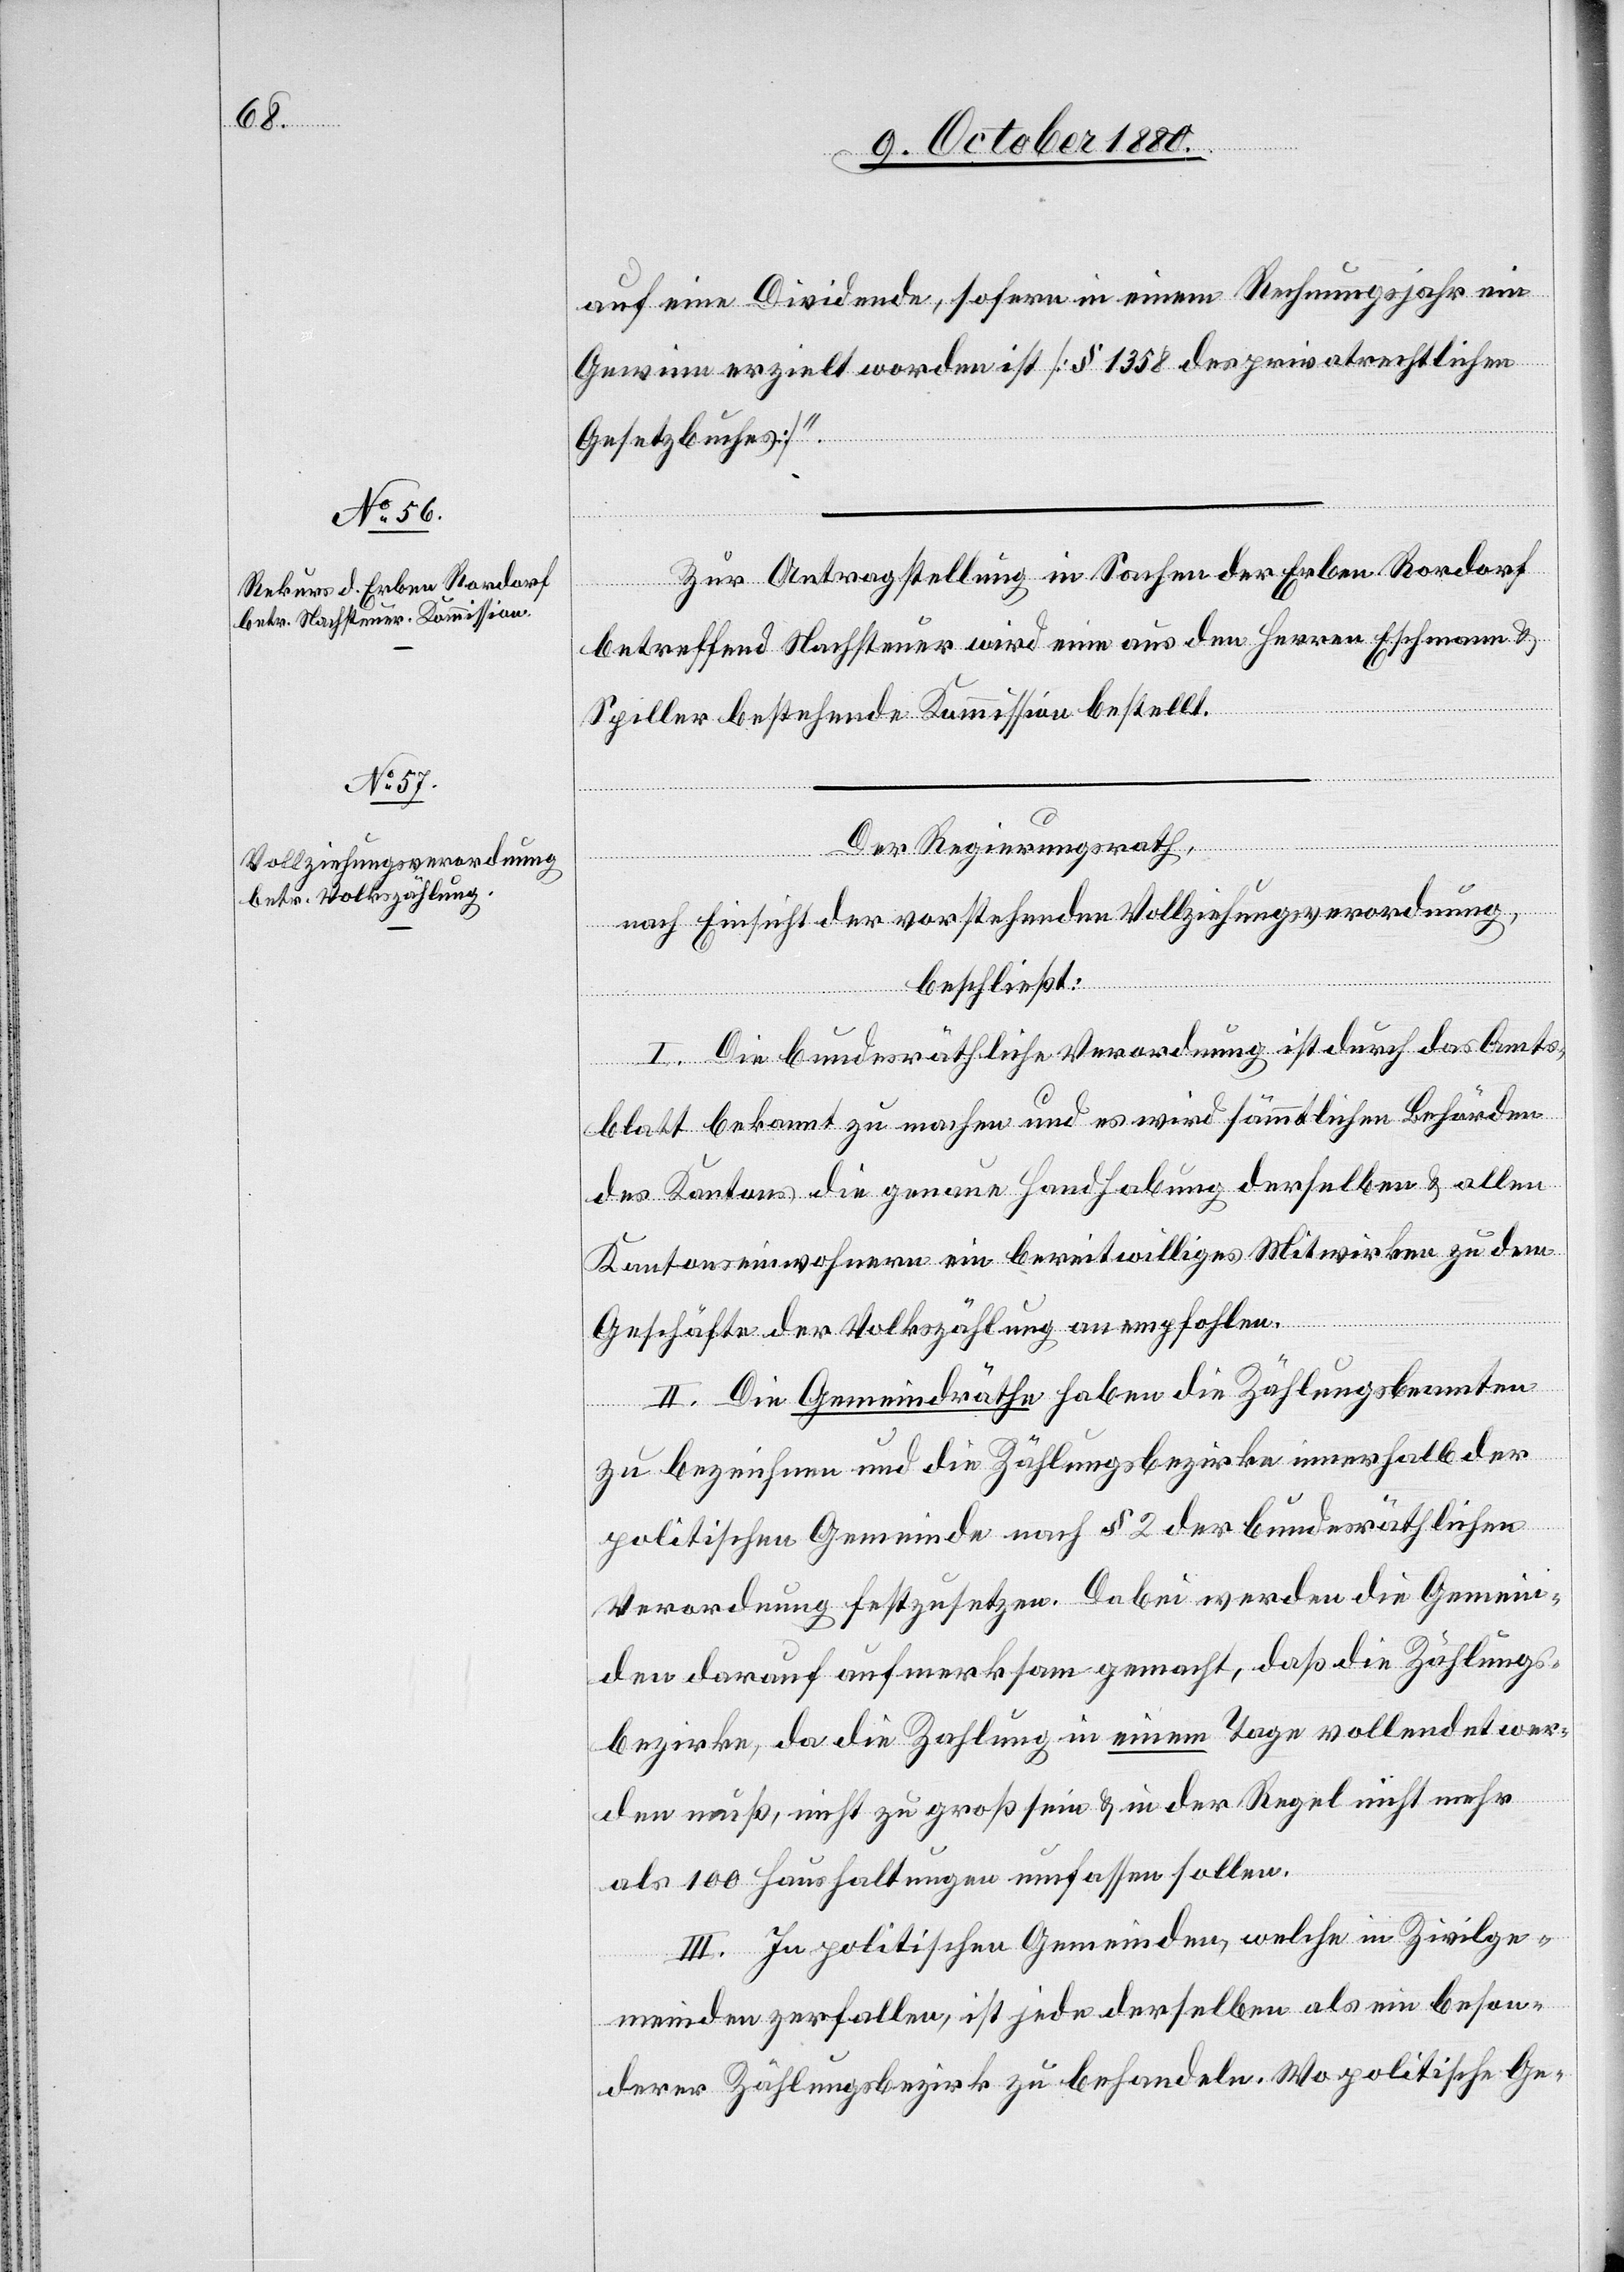
auf eine Dividende, sofern in einem Rechnungsjahr ein
Gewinn erzielt worden ist [§ 1358 des privatrechtlichen
Gesetzbuches].“
Zur Antragstellung in Sachen der Erben Rordorf
betreffend Nachsteuer wird eine aus den Herren Eschmann &
Spiller bestehende Kommission bestellt.
Der Regierungsrath,
nach Einsicht der vorstehenden Vollziehungsverordnung,
beschließt:
I. Die bundesräthliche Verordnung ist durch das Amts¬
blatt bekannt zu machen und es wird sämmtlichen Behörden
des Kantons die genaue Handhabung derselben & allen
Kantonseinwohnern ein bereitwilliges Mitwirken zu dem
Geschäfte der Volkszählung anempfohlen.
II. Die Gemeindräthe haben die Zählungsbeamten
zu bezeichnen und die Zählungsbezirke innerhalb der
politischen Gemeinde nach § 2 der bundesräthlichen
Verordnung festzusetzen. Dabei werden die Gemein¬
den darauf aufmerksam gemacht, daß die Zählungs¬
bezirke, da die Zahlung [recte: Zählung] in einem Tage vollendet wer¬
den muß, nicht zu groß sein & in der Regel nicht mehr
als 100 Haushaltungen umfassen sollen.
III. In politischen Gemeinde, welche in Zivilge¬
meinden zerfallen, ist jede derselben als ein beson¬
derer Zählungsbezirk zu behandeln. Wo politische Ge-